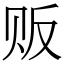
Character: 贩